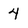
Character: 4